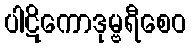
ပါဋိကောဒုမ္ဗရီစေဝ